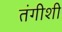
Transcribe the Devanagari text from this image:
तंगीशी